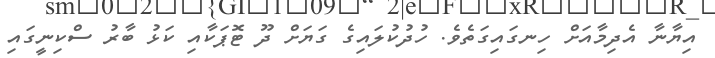
އިޔާނާ އެދިމާއަށް ހިނގައިގަތެވެ. ހުދުކުލައިގެ ގަޔަށް ދޫ ޓޮޕަކާއި ކަޅު ބާރު ސްކިނީގައި